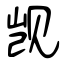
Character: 觊